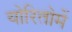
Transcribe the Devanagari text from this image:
योरितोमें